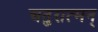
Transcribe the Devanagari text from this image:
चतुरात्मन्